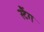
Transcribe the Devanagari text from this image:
स्टैंग